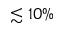
\lesssim 1 0 \%